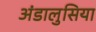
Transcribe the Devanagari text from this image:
अंडालुसिया